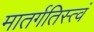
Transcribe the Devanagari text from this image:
मातर्गतिस्त्वं